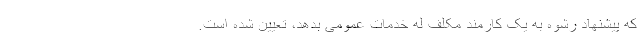
که پیشنهاد رشوه به یک کارمند مکلف له خدمات عمومی بدهد، تعیین شده است.